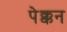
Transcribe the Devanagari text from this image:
पेक्कन